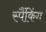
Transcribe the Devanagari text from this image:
स्पैंकिंग